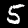
Label: 5